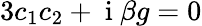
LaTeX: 3c_{1}c_{2}+\mathrm{~i~}\beta g=0